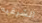
الشرقيه